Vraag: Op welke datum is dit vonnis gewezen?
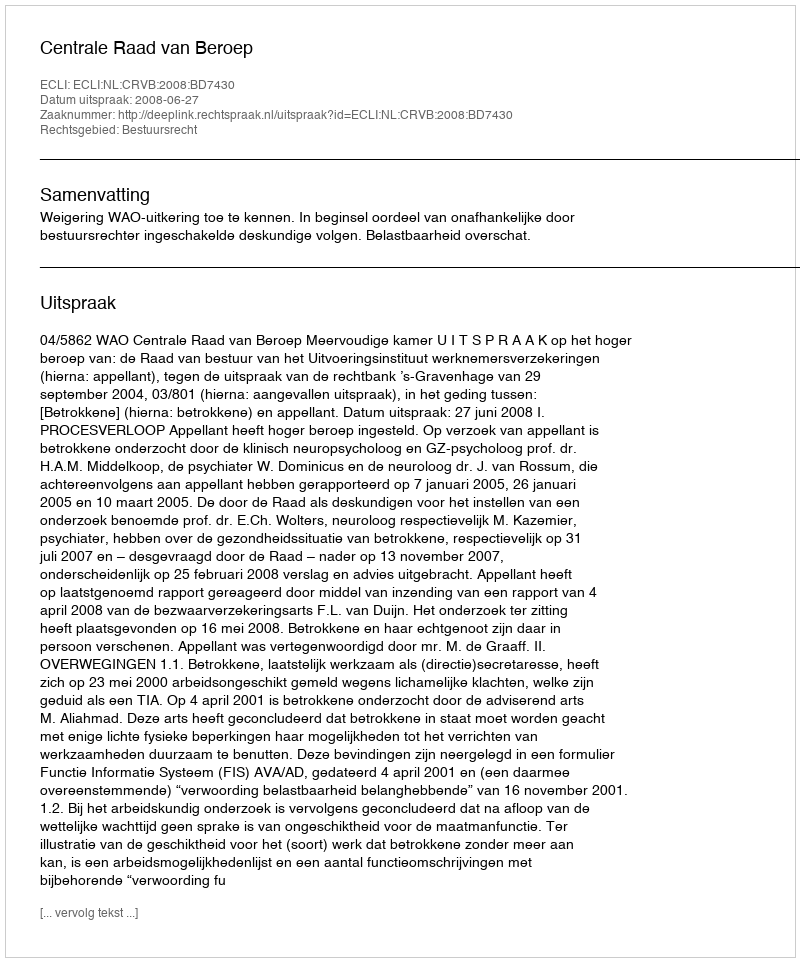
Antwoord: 2008-06-27